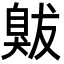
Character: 𦤚